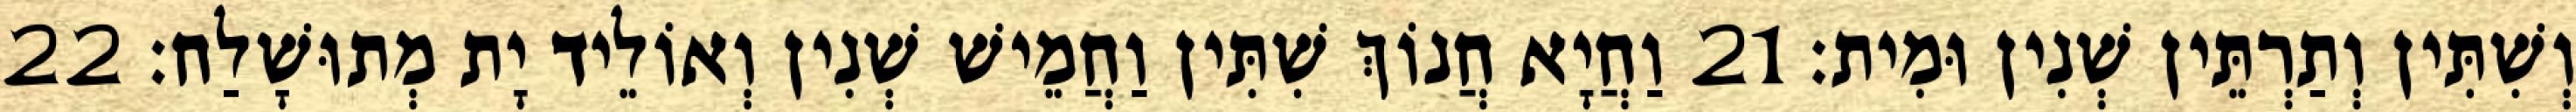
וְשִׁתִּין וְתַרְתֵּין שְׁנִין וּמִית׃ 21 וַחֲיָא חֲנוֹךְ שִׁתִּין וַחֲמֵישׁ שְׁנִין וְאוֹלֵיד יָת מְתוּשָׁלַח׃ 22